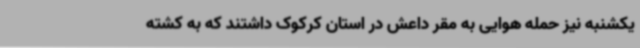
یکشنبه نیز حمله هوایی به مقر داعش در استان کرکوک داشتند که به کشته